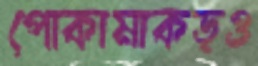
পোকামাকড়ও